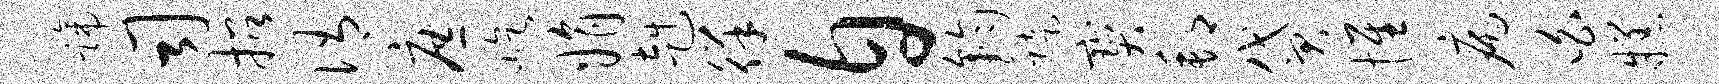
蹄司招侑庶屹娟赳徉自钧陡宝邦贷惟病白糕